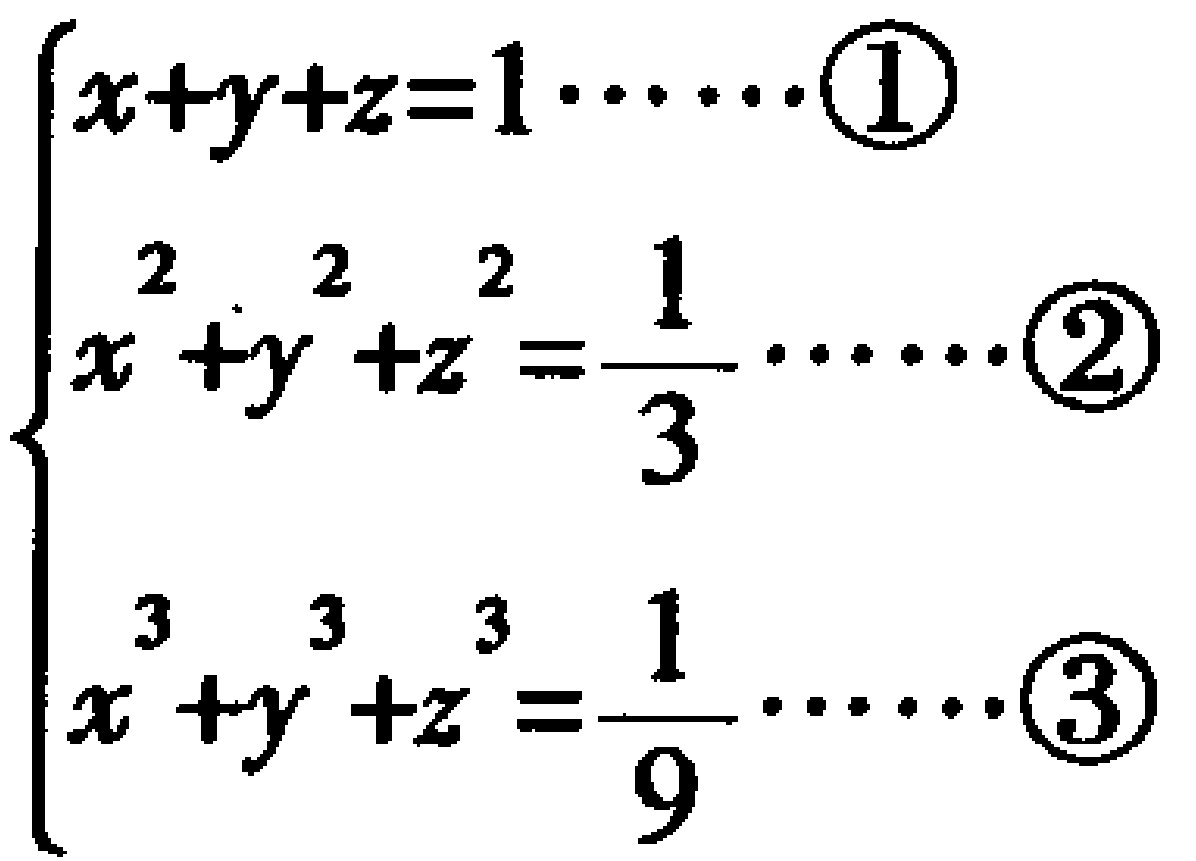
$\left\{\begin{array}{l}x + y + z = 1\cdots \cdots \textcircled{1}\\x^{2}+y^{2}+z^{2}=\dfrac{1}{3}\cdots \cdots \textcircled{2}\\x^{3}+y^{3}+z^{3}=\dfrac{1}{9}\cdots \cdots \textcircled{3}\end{array}\right.$